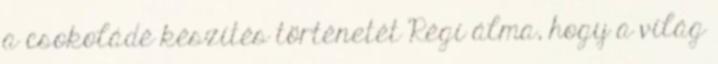
a csokoládé készítés történetét Régi álma, hogy a világ